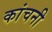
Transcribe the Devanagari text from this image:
कांचनी